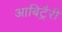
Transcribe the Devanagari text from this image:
आबिट्रैरी